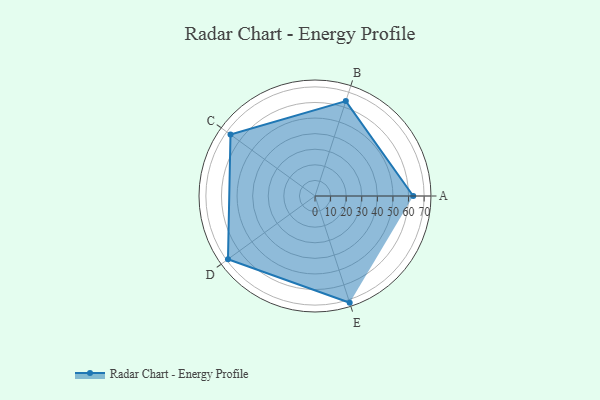
{"axis": {"x": "Skill", "y": "Score"}, "legend": ["Profile"], "data": [{"x": "A", "y": 63.0, "type": "Profile"}, {"x": "B", "y": 64.0, "type": "Profile"}, {"x": "C", "y": 67.0, "type": "Profile"}, {"x": "D", "y": 69.0, "type": "Profile"}, {"x": "E", "y": 72.0, "type": "Profile"}]}